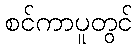
စင်ကာပူတွင်